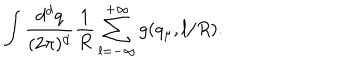
\int \frac { d ^ { d } q } { { ( 2 \pi ) ^ { d } } } \frac { 1 } { R } \sum _ { l = - \infty } ^ { + \infty } g ( q _ { \mu } , l / R ) .